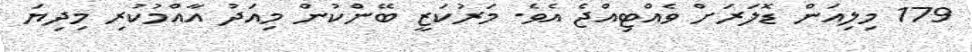
179 މިލިއަން ޑޮލަރަށް ވެއްޓިއްޖެ އެވެ. މަރުކަޒީ ބޭންކުން މިއަދު އާއްމުކުރި މިދިޔަ